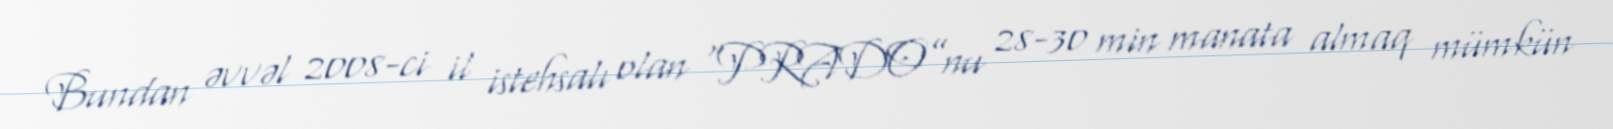
Bundan əvvəl 2008-ci il istehsalı olan "PRADO”nu 28-30 min manata almaq mümkün